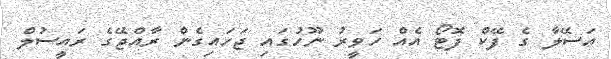
އަސޭލާ ގެ ފޭކް ފޮޓޯ އެއް ހަވީރު ނޫހުގައި ޖަހައިގެން ރާއްޖޭގެ ރައީސުލް